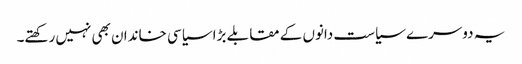
یہ دوسرے سیاست دانوں کے مقابلے بڑا سیاسی خاندان بھی نہیں رکھتے۔